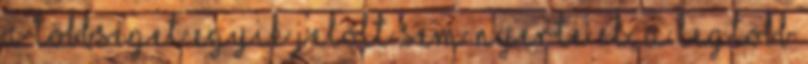
a többséget egyik jelölt sem nyerte el, a legtöbb